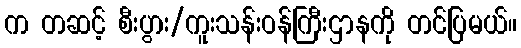
က တဆင့် စီးပွား/ကူးသန်းဝန်ကြီးဌာနကို တင်ပြမယ်။